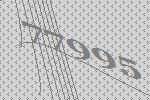
77995